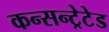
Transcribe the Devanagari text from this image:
कन्सन्ट्रेटेड